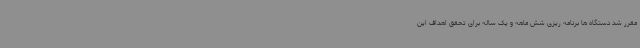
مقرر شد دستگاه ها برنامه ریزی شش ماهه و یک ساله برای تحقق اهداف این